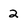
Character: 2